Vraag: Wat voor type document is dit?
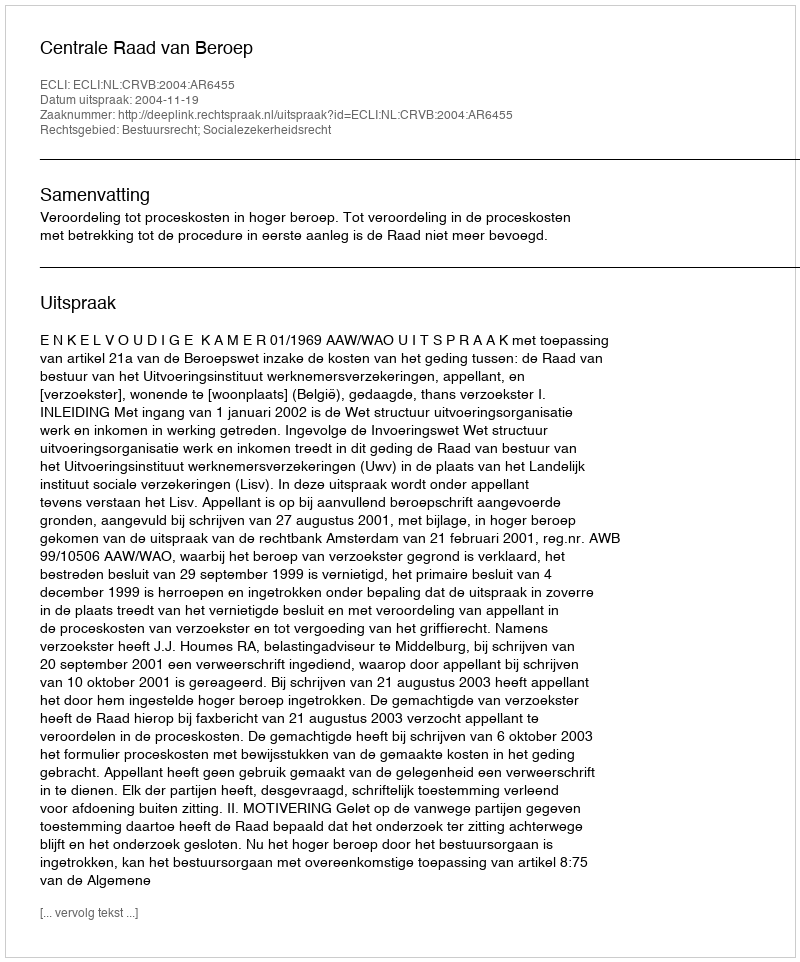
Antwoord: Uitspraak